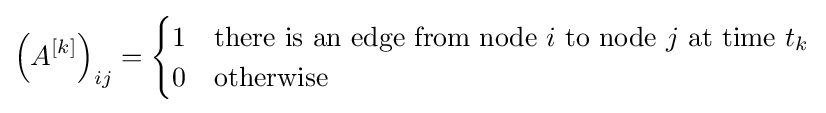
\left(A^{[k]}\right)_{ij}={\begin{cases}1&{\text{there is an edge from node }}i{\text{ to node }}j{\text{ at time }}t_{k}\\0&{\text{otherwise}}\end{cases}}